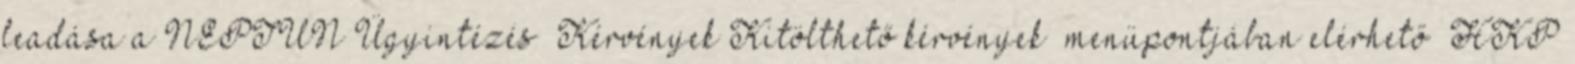
leadása a NEPTUN Ügyintézés Kérvények Kitölthető kérvények” menüpontjában elérhető „HKP